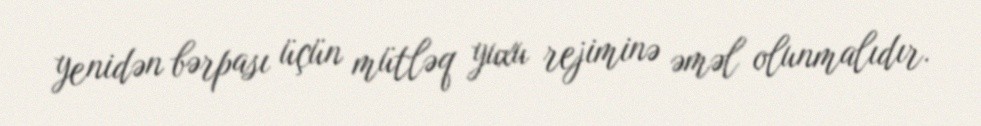
yenidən bərpası üçün mütləq yuxu rejiminə əməl olunmalıdır.